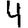
Digit: 4